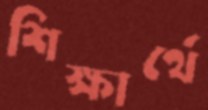
শিক্ষার্থে